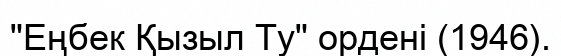
"Еңбек Қызыл Ту" ордені (1946).